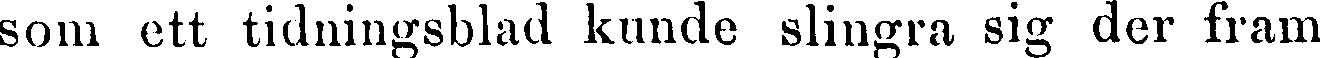
som ett tidningsblad kunde slingra sig der fram